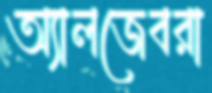
অ্যালজেবরা